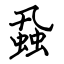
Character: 蝨